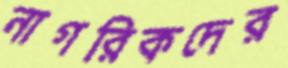
নাগরিকদের